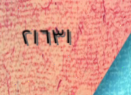
٢١٦٣١